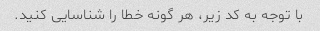
با توجه به کد زیر، هر گونه خطا را شناسایی کنید.